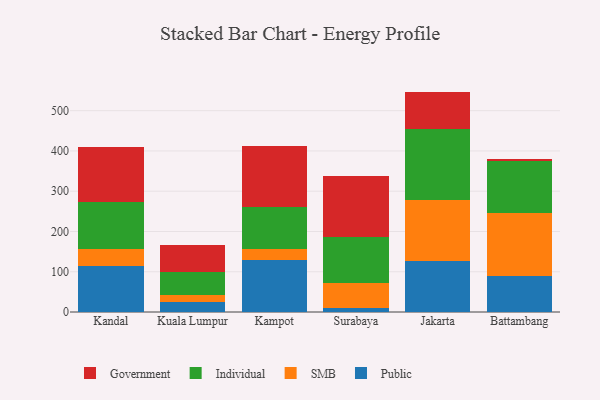
{"axis": {"x": "City", "y": "Inventory Turnover"}, "legend": ["Government", "Individual", "Public", "SMB"], "data": [{"x": "Kandal", "y": 114.7, "type": "Public"}, {"x": "Kandal", "y": 41.8, "type": "SMB"}, {"x": "Kandal", "y": 117.3, "type": "Individual"}, {"x": "Kandal", "y": 134.8, "type": "Government"}, {"x": "Kuala Lumpur", "y": 24.4, "type": "Public"}, {"x": "Kuala Lumpur", "y": 16.7, "type": "SMB"}, {"x": "Kuala Lumpur", "y": 58.5, "type": "Individual"}, {"x": "Kuala Lumpur", "y": 66.0, "type": "Government"}, {"x": "Kampot", "y": 128.1, "type": "Public"}, {"x": "Kampot", "y": 28.3, "type": "SMB"}, {"x": "Kampot", "y": 103.5, "type": "Individual"}, {"x": "Kampot", "y": 153.3, "type": "Government"}, {"x": "Surabaya", "y": 10.6, "type": "Public"}, {"x": "Surabaya", "y": 61.3, "type": "SMB"}, {"x": "Surabaya", "y": 113.3, "type": "Individual"}, {"x": "Surabaya", "y": 152.9, "type": "Government"}, {"x": "Jakarta", "y": 126.8, "type": "Public"}, {"x": "Jakarta", "y": 150.3, "type": "SMB"}, {"x": "Jakarta", "y": 177.9, "type": "Individual"}, {"x": "Jakarta", "y": 92.4, "type": "Government"}, {"x": "Battambang", "y": 90.0, "type": "Public"}, {"x": "Battambang", "y": 156.6, "type": "SMB"}, {"x": "Battambang", "y": 127.6, "type": "Individual"}, {"x": "Battambang", "y": 6.7, "type": "Government"}]}